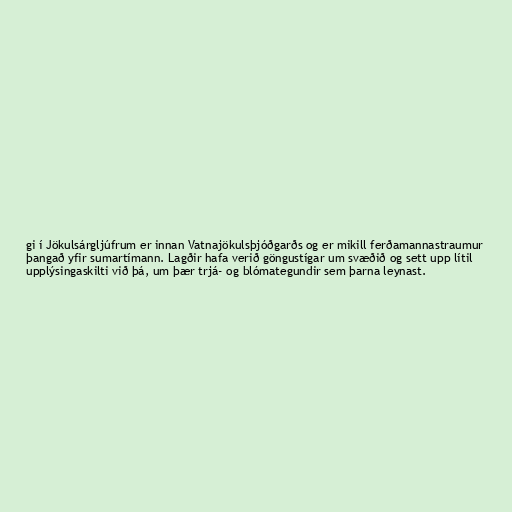
gi í Jökulsárgljúfrum er innan Vatnajökulsþjóðgarðs og er mikill ferðamannastraumur
þangað yfir sumartímann. Lagðir hafa verið göngustígar um svæðið og sett upp lítil
upplýsingaskilti við þá, um þær trjá- og blómategundir sem þarna leynast.